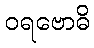
ဝရဗောဓိ